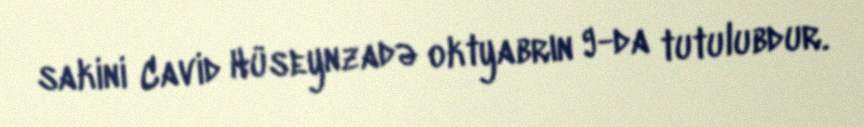
sakini Cavid Hüseynzadə oktyabrın 9-da tutulubdur.